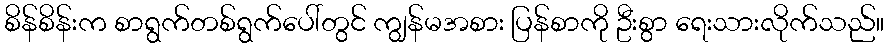
စိန်စိန်းက စာရွက်တစ်ရွက်ပေါ်တွင် ကျွန်မအစား ပြန်စာကို ဦးစွာ ရေးသားလိုက်သည်။